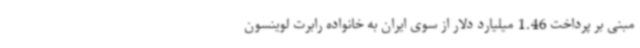
مبنی بر پرداخت 1.46 میلیارد دلار از سوی ایران به خانواده رابرت لوینسون